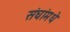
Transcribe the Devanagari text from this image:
संघांमधे